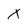
Character: X